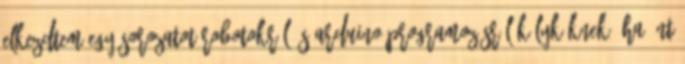
elkezdtem egy sorozatot robotokról és Arduino-programozásról kölyköknek. Ha Önt